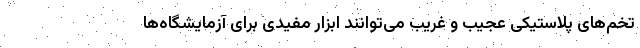
تخم‌های پلاستیکی عجیب و غریب می‌توانند ابزار مفیدی برای آزمایشگاه‌ها